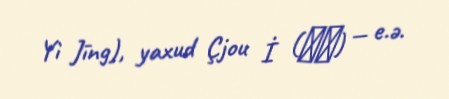
Yì Jīng), yaxud Çjou İ (周易) — e.ə.